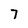
Character: 7